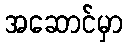
အဆောင်မှာ